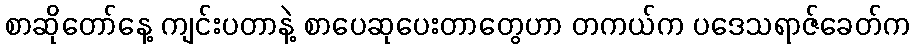
စာဆိုတော်နေ့ ကျင်းပတာနဲ့ စာပေဆုပေးတာတွေဟာ တကယ်က ပဒေသရာဇ်ခေတ်က